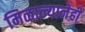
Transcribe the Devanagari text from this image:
मिळाल्यानेही